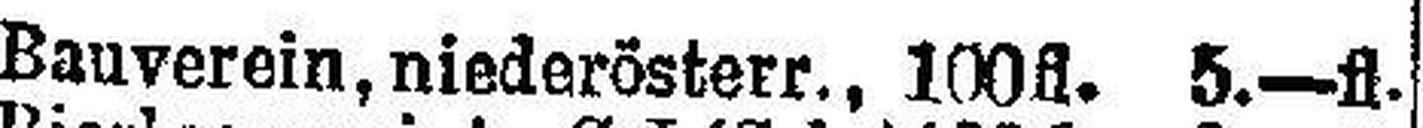
Bauverein, niederösterr., 100fl. 5.—fl.